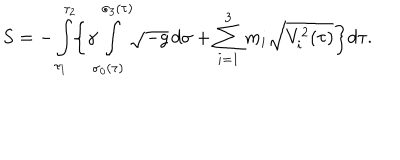
LaTeX: S = - \int _ { \tau _ { 1 } } ^ { \tau _ { 2 } } \! \biggl \{ \gamma \! \int _ { \sigma _ { 0 } ( \tau ) } ^ { \sigma _ { 3 } ( \tau ) } \! \! \sqrt { - g } \, d \sigma + \sum _ { i = 1 } ^ { 3 } m _ { i } \sqrt { V _ { i } ^ { 2 } ( \tau ) } \biggr \} d \tau .